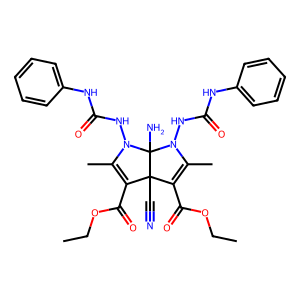
SMILES: CCOC(=O)C1=C(C)N(NC(=O)Nc2ccccc2)C2(N)N(NC(=O)Nc3ccccc3)C(C)=C(C(=O)OCC)C12C#N
Inhibits HIV replication: No